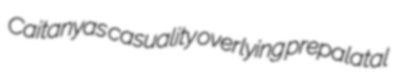
Caitanyas casuality overlying prepalatal